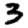
Digit: 3